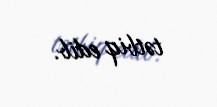
tətbiq edib.